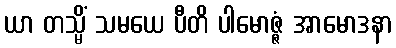
ယာ တသ္မိံ သမယေ ပီတိ ပါမောဇ္ဇံ အာမောဒနာ